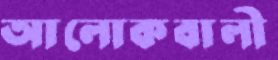
আলোকবালী